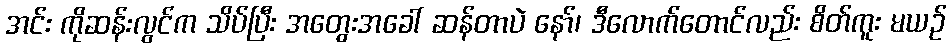
အင်း ကိုဆန်းလွင်က သိပ်ပြီး အတွေးအခေါ် ဆန်တာပဲ နော်၊ ဒီလောက်တောင်လည်း စိတ်ကူး မယဉ်